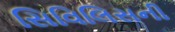
સિવિલિસની